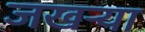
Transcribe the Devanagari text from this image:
जखऱ्या